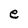
Character: e